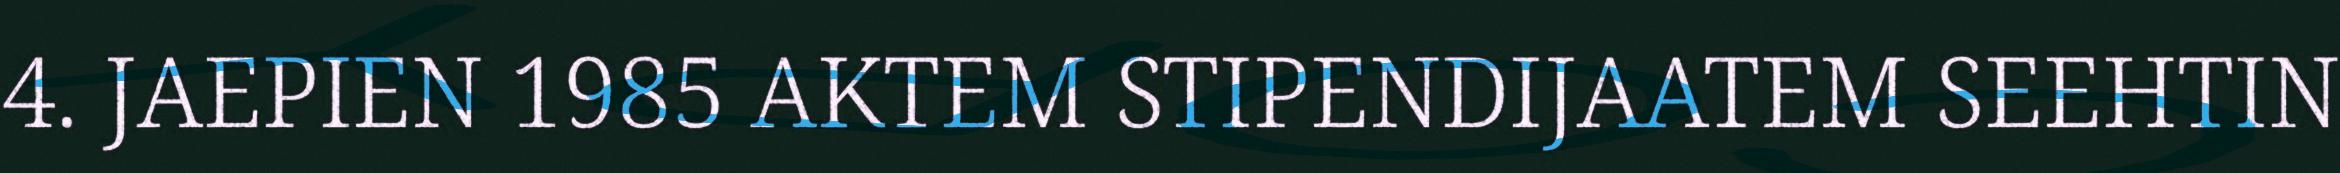
4. JAEPIEN 1985 AKTEM STIPENDIJAATEM SEEHTIN